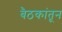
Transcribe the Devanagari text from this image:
बैठकांतून